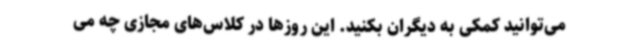
می‌توانید کمکی به دیگران بکنید. این روزها در کلاس‌های مجازی چه می